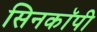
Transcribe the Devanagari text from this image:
सिनकाॅपी